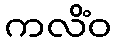
ကလိံဝ